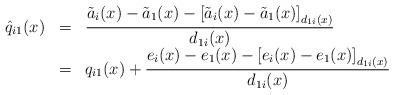
LaTeX: \begin{align*}\begin{array}{lll}\hat{q}_{i1}(x)&=&\displaystyle\frac{\tilde{a}_{i}(x)-\tilde{a}_1(x)-\left[\tilde{a}_{i}(x)-\tilde{a}_1(x)\right]_{d_{1i}(x)}}{d_{1i}(x)}\\&=&\displaystyle q_{i1}(x)+\frac{e_{i}(x)-e_1(x)-\left[ e_{i}(x)-e_1(x)\right]_{d_{1i}(x)}}{d_{1i}(x)}\end{array}\end{align*}